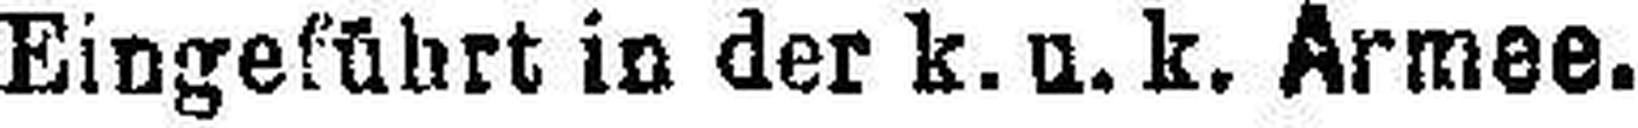
Eingeführt in der k. u. k. Armee.